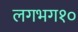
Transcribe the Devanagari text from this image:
लगभग१०